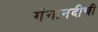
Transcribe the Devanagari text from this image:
गंगानदीची